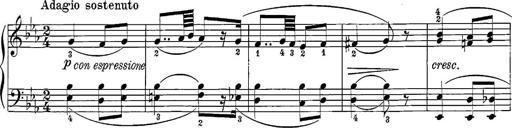
Title: 12 Sonatine per Pianoforte
Composer: Friedrich Kuhlau